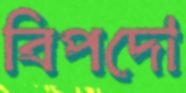
বিপদো